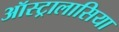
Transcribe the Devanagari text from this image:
ऑस्ट्रालासिया